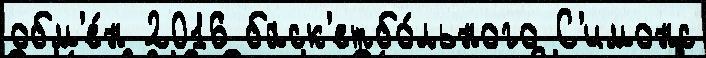
обм'е́н 2016 баск'етбо́льного С'имонс